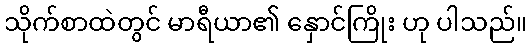
သိုက်စာထဲတွင် မာရီယာ၏ နှောင်ကြိုး ဟု ပါသည်။